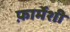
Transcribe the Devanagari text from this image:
फ़ार्मेशी